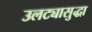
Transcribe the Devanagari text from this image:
उलट्यासुद्धा